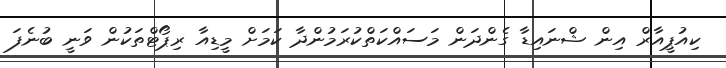
ކިއުޕީއާރް އިން ޝްނައިޑާ ގެންދަން މަސައްކަތްކުރަމުންދާ ކަމަށް މީޑިއާ ރިޕޯޓްތަކުން ވަނީ ބުނެފަ